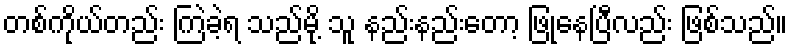
တစ်ကိုယ်တည်း ကြဲခဲ့ရ သည်မို့ သူ နည်းနည်းတော့ ဖြုံနေပြီလည်း ဖြစ်သည်။